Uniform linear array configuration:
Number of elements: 8
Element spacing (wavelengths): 0.5
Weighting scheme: binomial
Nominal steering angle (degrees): -15
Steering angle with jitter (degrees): -14.399
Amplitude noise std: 0.05
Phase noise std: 0.05

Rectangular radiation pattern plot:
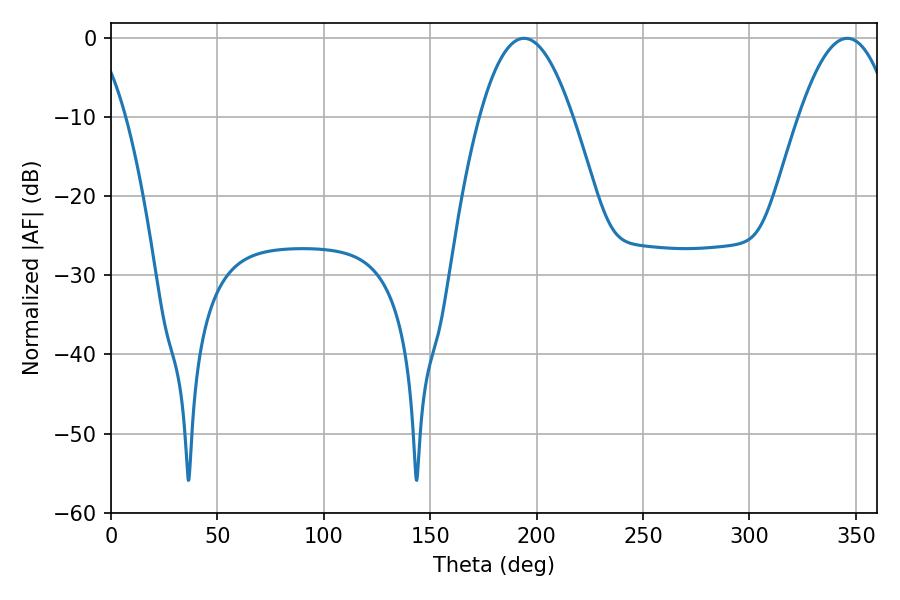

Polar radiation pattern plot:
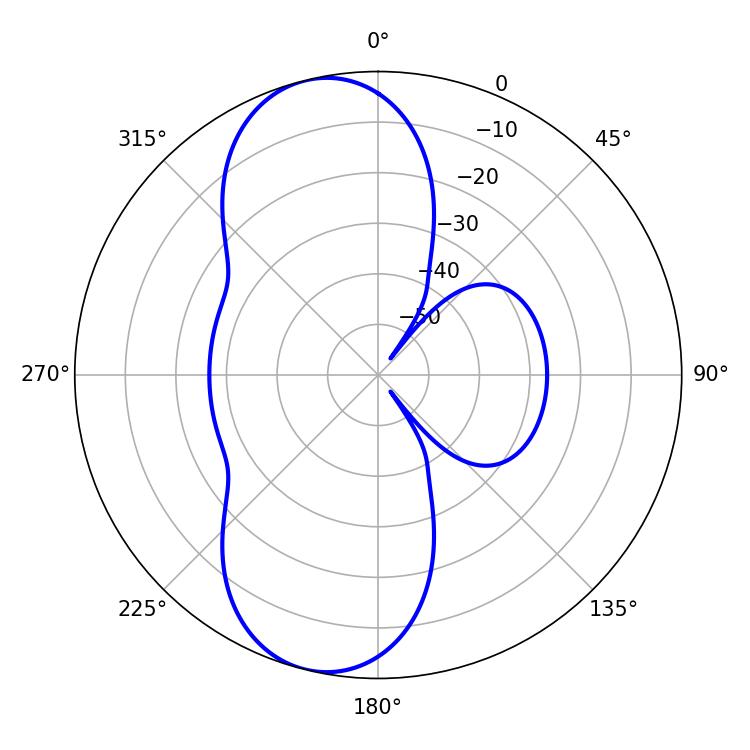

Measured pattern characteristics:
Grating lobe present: FALSE
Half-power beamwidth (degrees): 23.94
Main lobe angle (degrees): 194.04